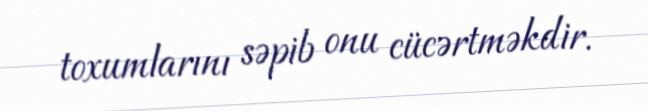
toxumlarını səpib onu cücərtməkdir.